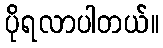
ပိုရလာပါတယ်။